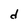
Character: d